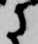
に